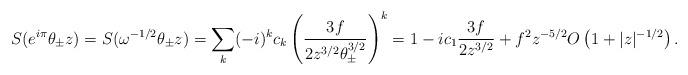
LaTeX: \begin{align*} S(e^{i\pi}\theta_\pm z) & = S(\omega^{-1/2} \theta_\pm z) =\sum_k(-i)^k c_k\left( \frac{3f}{2z^{3/2}\theta_\pm^{3/2}} \right)^k = 1 - i c_1\frac{ 3f }{2z^{3/2} } +f^2 z^{-5/2} O\left( 1 + |z|^{-1/2}\right). \end{align*}